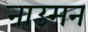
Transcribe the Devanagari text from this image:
नाउमन